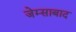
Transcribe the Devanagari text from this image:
जेम्साबाद